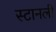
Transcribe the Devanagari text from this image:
स्टानली